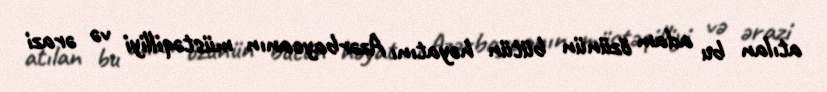
atılan bu adam özünün bütün həyatını Azərbaycanın müstəqilliyi və ərazi